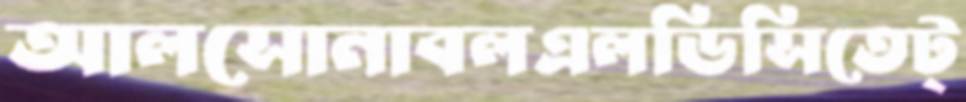
আলসোনাবলএলডিসিতেট্